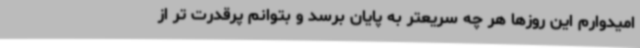
امیدوارم این روزها هر چه سریعتر به پایان برسد و بتوانم پرقدرت تر از